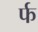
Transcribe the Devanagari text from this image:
र्फ